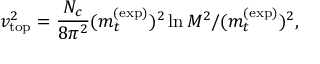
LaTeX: v _ { \mathrm { t o p } } ^ { 2 } = \frac { N _ { c } } { 8 \pi ^ { 2 } } ( m _ { t } ^ { ( \mathrm { e x p } ) } ) ^ { 2 } \ln M ^ { 2 } / ( m _ { t } ^ { ( \mathrm { e x p } ) } ) ^ { 2 } ,